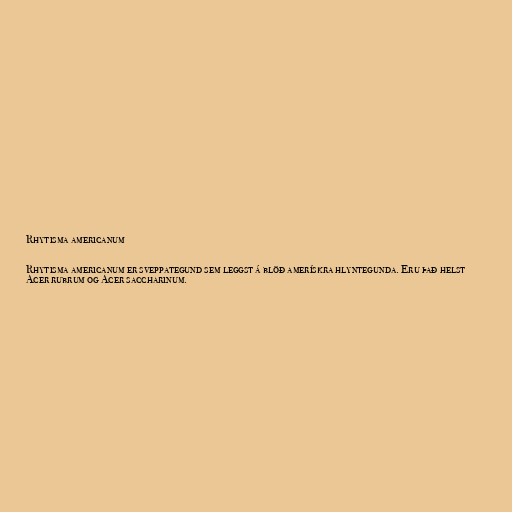
Rhytisma americanum

Rhytisma americanum er sveppategund sem leggst á blöð amerískra hlyntegunda. Eru það helst
Acer rubrum og Acer saccharinum.